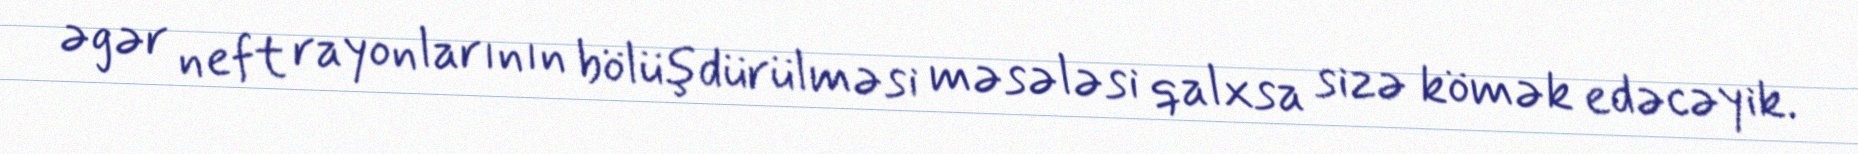
əgər neft rayonlarının bölüşdürülməsi məsələsi qalxsa sizə kömək edəcəyik.